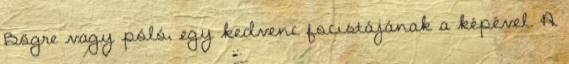
Bögre vagy póló, egy kedvenc focistájának a képével. A